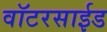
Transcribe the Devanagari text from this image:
वॉटरसाईड